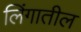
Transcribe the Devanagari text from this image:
लिंगातील